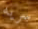
سريه